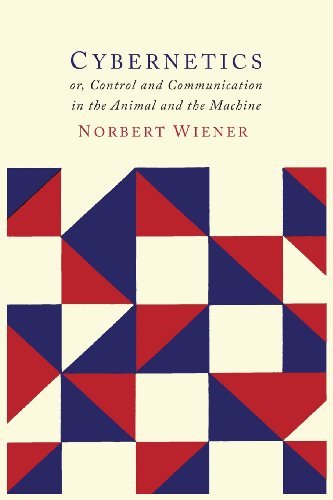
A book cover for Cybernetics: Second Edition: Or the Control and Communication in the Animal and the Machine; Norbert Wiener; Computers & Technology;